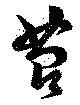
苔